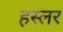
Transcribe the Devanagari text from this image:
हस्‍लर